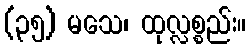
(၃၅) မသေ၊ ထုလ္လစ္စည်း။